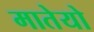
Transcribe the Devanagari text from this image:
मातेयो